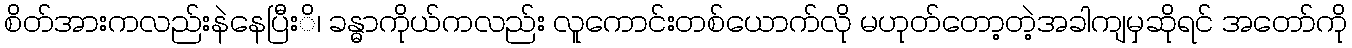
စိတ်အားကလည်းနဲနေပြီးိ၊ ခန္ဓာကိုယ်ကလည်း လူကောင်းတစ်ယောက်လို မဟုတ်တော့တဲ့အခါကျမှဆိုရင် အတော်ကို